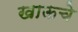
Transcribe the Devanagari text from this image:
खाऊचे